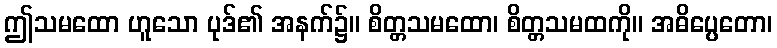
ဤသမထော ဟူသော ပုဒ်၏ အနက်၌။ စိတ္တသမထော၊ စိတ္တသမထကို။ အဓိပ္ပေတော၊